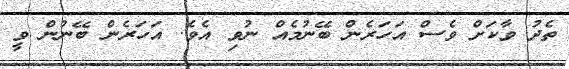
ތެދު ވާކަށް ވެސް އަހަރެން ބޭނުމެއް ނުވި އެވެ. އަހަރެން ބޭނުން ވީ